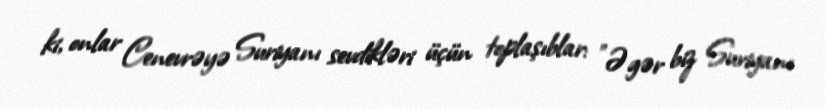
ki, onlar Cenevrəyə Suriyanı sevdikləri üçün toplaşıblar: "Əgər biz Suriyanı